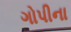
ગોપીના